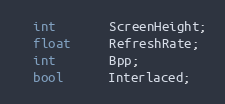
Language: C
  int       ScreenHeight;
  float     RefreshRate;
  int       Bpp;
  bool      Interlaced;